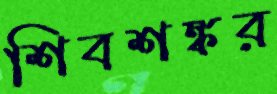
শিবশঙ্কর